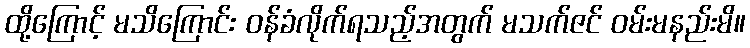
ထို့ကြောင့် မသိကြောင်း ဝန်ခံလိုက်ရသည့်အတွက် မသက်ဇင် ဝမ်းမနည်းမိ။